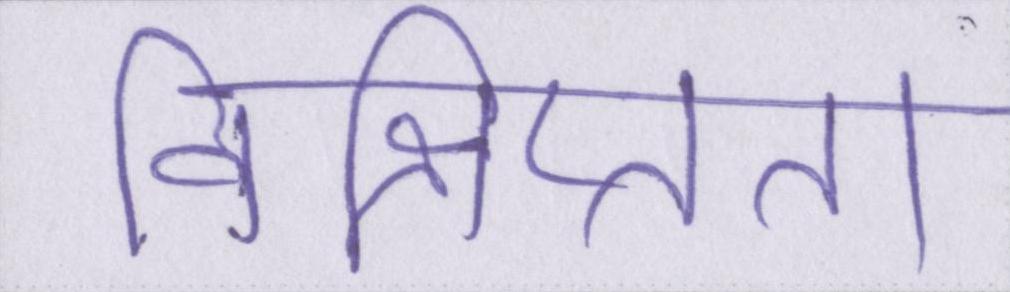
विक्षिप्तता